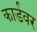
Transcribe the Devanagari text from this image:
कार्डवर